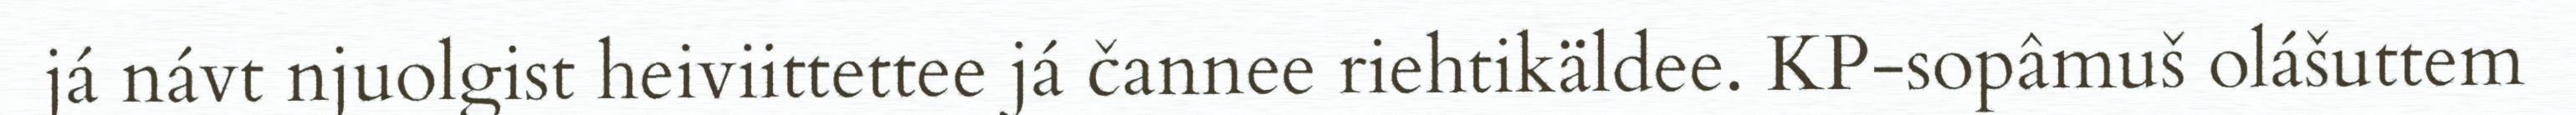
já návt njuolgist heiviittettee já čannee riehtikäldee. KP-sopâmuš olášuttem